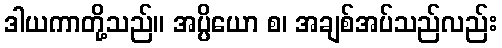
ဒါယကာတို့သည်။ အပ္ပိယော စ၊ အချစ်အပ်သည်လည်း